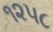
૧૨૫૮